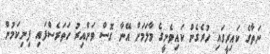
ނަތާގެ ކައިރީގައި ހުރެގެން ކައިވެނީގެ މާލަމަށް އޭނާ ގޮސް ވަންއިރު ހަތަރެސްފައި ފިނިކަމުން